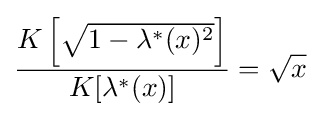
{\frac {K\left[{\sqrt {1-\lambda ^{*}(x)^{2}}}\right]}{K[\lambda ^{*}(x)]}}={\sqrt {x}}